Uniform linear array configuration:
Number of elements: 12
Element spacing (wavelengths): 1
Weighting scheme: kaiser
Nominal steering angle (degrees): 30
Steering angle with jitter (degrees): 30.93
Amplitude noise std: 0.05
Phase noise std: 0.05

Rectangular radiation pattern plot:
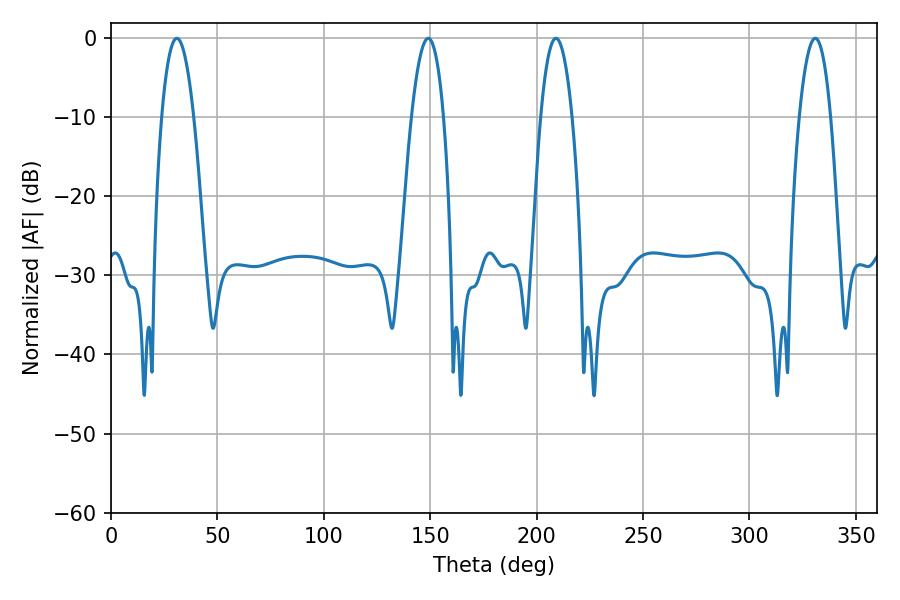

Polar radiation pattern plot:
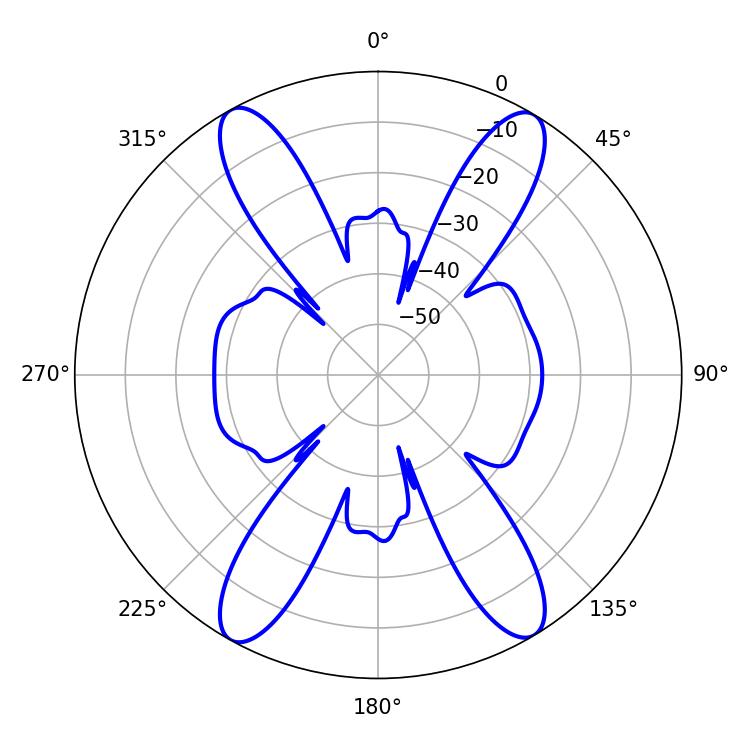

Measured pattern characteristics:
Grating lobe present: TRUE
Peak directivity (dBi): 22.059
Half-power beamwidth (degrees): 8.46
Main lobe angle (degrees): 30.96